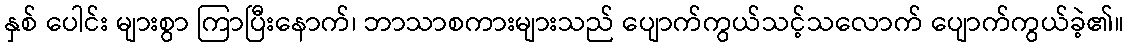
နှစ် ပေါင်း များစွာ ကြာပြီးနောက်၊ ဘာသာစကားများသည် ပျောက်ကွယ်သင့်သလောက် ပျောက်ကွယ်ခဲ့၏။